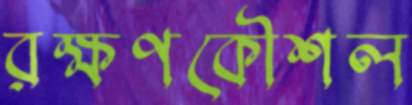
রক্ষণকৌশল